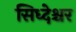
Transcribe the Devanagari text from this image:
सिध्देश्चर